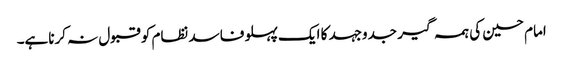
امام حسین کی ہمہ گیر جدوجہد کا ایک پہلو فاسد نظام کو قبول نہ کرناہے۔